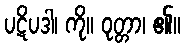
ပဋိပဒါ၊ ကို။ ဝုတ္တာ၊ ၏။